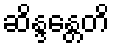
ဆိန္ဒန္တေတိ